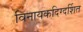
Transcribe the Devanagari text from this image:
विनायकदिग्दर्शित